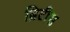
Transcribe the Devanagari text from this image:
ब्रिटीस